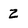
Character: Z